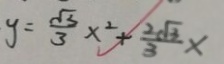
y = \frac { \sqrt { 3 } } { 3 } x ^ { 2 } + \frac { 2 \sqrt { 3 } } { 3 } x